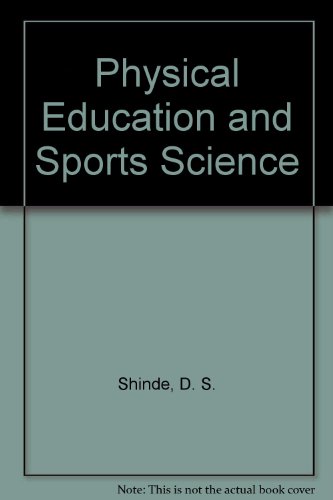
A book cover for Physical Education and Sports Science; D. S. Shinde; Sports & Outdoors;